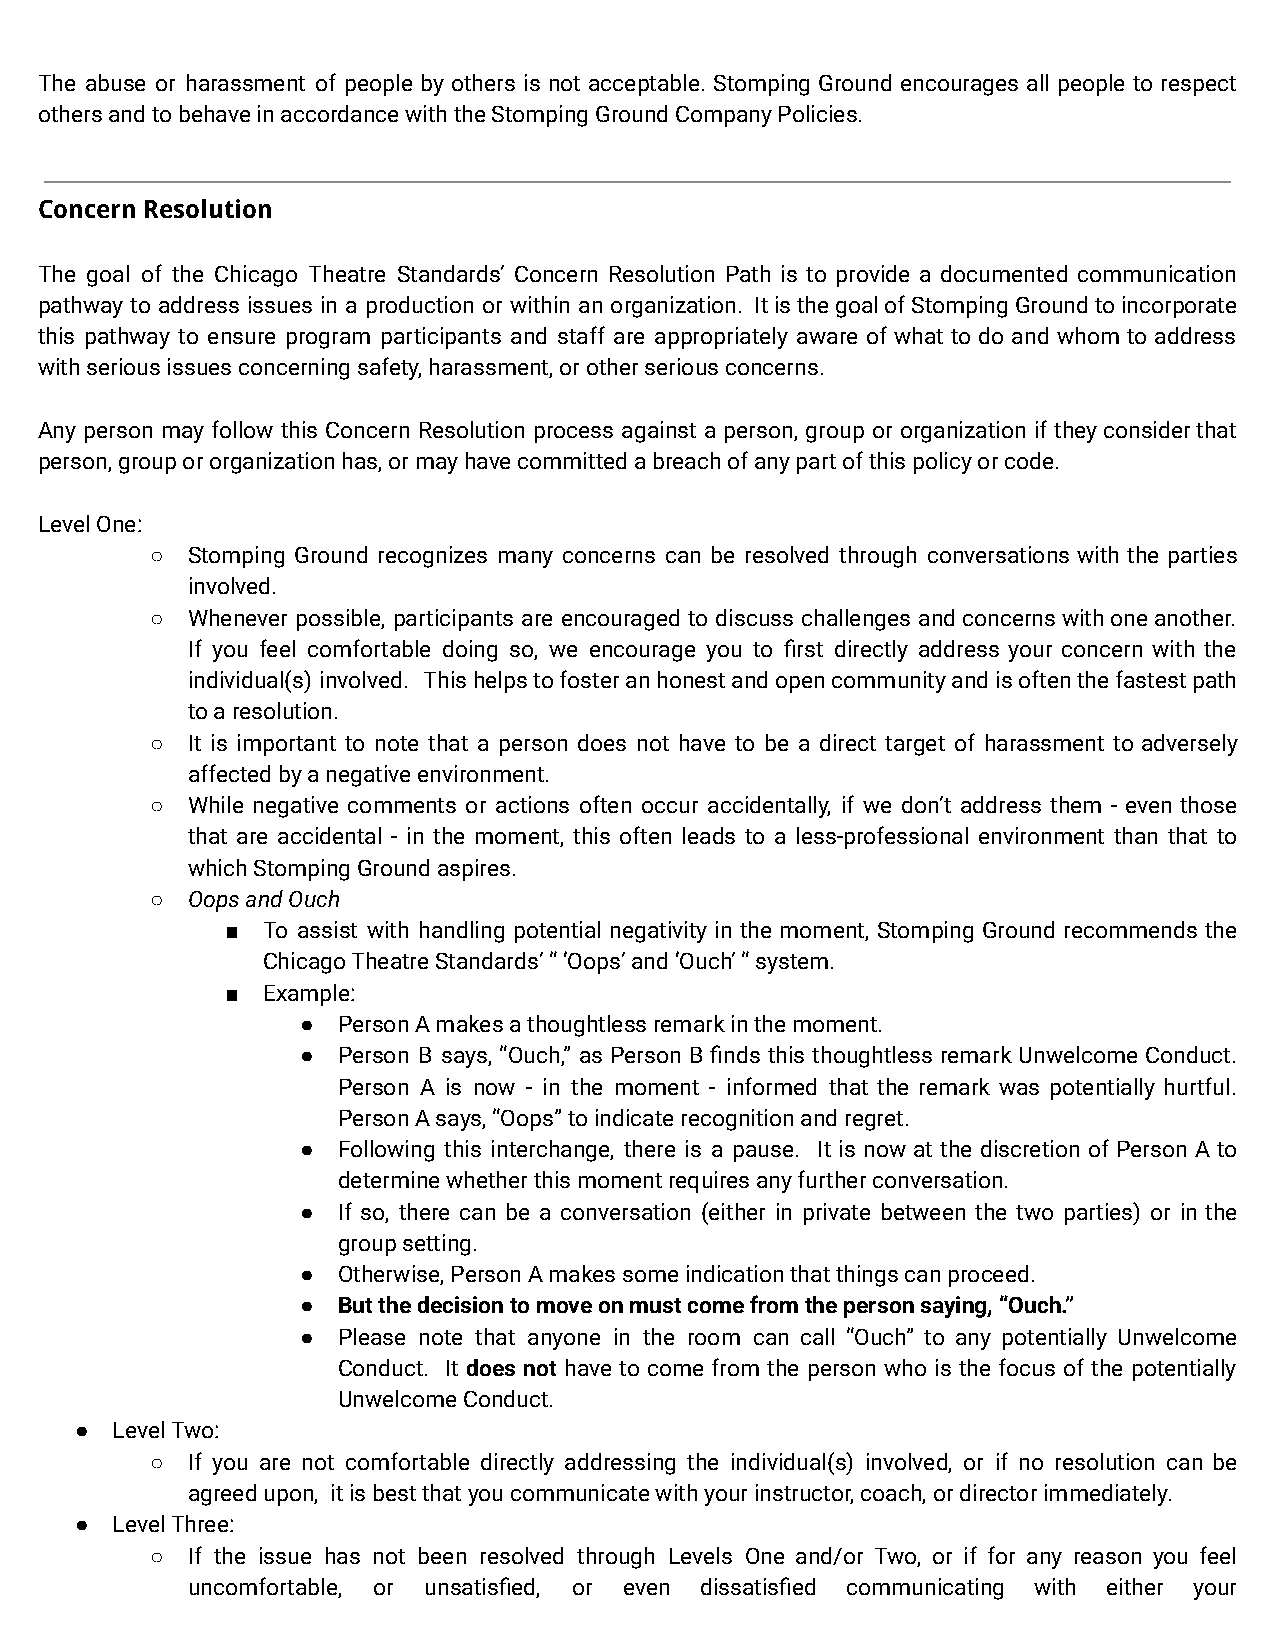
The abuse or harassment of people by others is not acceptable. Stomping Ground encourages all people to respect
 others and to behave in accordance with the StompingGround Company Policies.
 Concern Resolution
 The goal of the Chicago Theatre Standards’ Concern Resolution Path is to provide a documented communication
 pathway to address issues in a production or within an organization. ItisthegoalofStompingGroundtoincorporate
 this pathway to ensure program participants and staff are appropriately aware of what to do and whom to address
 with serious issues concerning safety, harassment,or other serious concerns.
 Any person may follow this Concern Resolution process against a person, group or organization if theyconsiderthat
 person, group or organization has, or may have committeda breach of any part of this policy or code.
 Level One:
 ○ Stomping Ground recognizes many concerns can be resolved through conversations with the parties
 involved.
 ○ Whenever possible, participants are encouraged to discuss challenges andconcernswithoneanother.
 If you feel comfortable doing so, we encourage you to first directly address your concern with the
 individual(s) involved. Thishelpstofosteranhonestandopencommunityandisoftenthefastestpath
 to a resolution.
 ○ It is important to note that a person does not have to be a direct target of harassment to adversely
 affected by a negative environment.
 ○ While negative comments or actions often occur accidentally, if we don’t address them - even those
 that are accidental - in the moment, this often leads to a less-professional environment than that to
 which Stomping Ground aspires.
 ○ Oops and Ouch
 ■ To assist with handling potential negativity in the moment, Stomping Ground recommends the
 Chicago Theatre Standards’ “ ‘Oops’ and ‘Ouch’ “ system.
 ■ Example:
 ● Person A makes a thoughtless remark in the moment.
 ● Person B says, “Ouch,” as Person B finds this thoughtless remark Unwelcome Conduct.
 Person A is now - in the moment - informed that the remark was potentially hurtful.
 Person A says, “Oops” to indicate recognition andregret.
 ● Following this interchange, there is a pause. It is now at the discretion of Person A to
 determine whether this moment requires any furtherconversation.
 ● If so, there can be a conversation (either in private between the two parties) or in the
 group setting.
 ● Otherwise, Person A makes some indication that thingscan proceed.
 ● But the decision to move on must come from the personsaying, “Ouch.”
 ● Please note that anyone in the room can call “Ouch” to any potentially Unwelcome
 Conduct. It does not have to come from the person who is the focus of the potentially
 Unwelcome Conduct.
 ● Level Two:
 ○ If you are not comfortable directly addressing the individual(s) involved, or if no resolution can be
 agreed upon, it is best that you communicate withyour instructor, coach, or director immediately.
 ● Level Three:
 ○ If the issue has not been resolved through Levels One and/or Two, or if for any reason you feel
 uncomfortable, or unsatisfied, or even dissatisfied communicating with either your